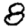
Digit: 8